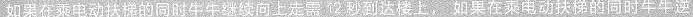
如果在乘电动扶梯的同时牛牛继续向上走需2秒到达楼上，如果在乘电动扶梯的同时牛牛逆